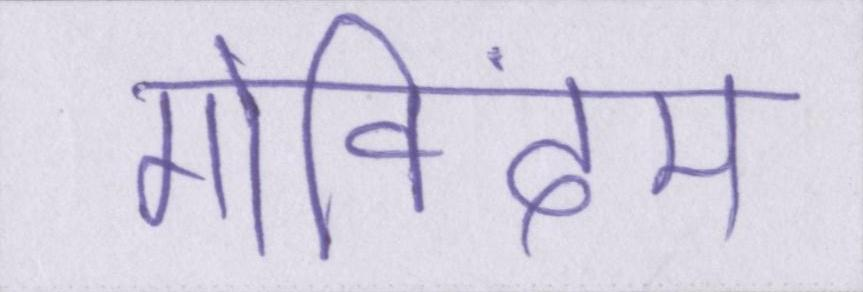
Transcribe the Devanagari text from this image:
गोविंदम